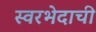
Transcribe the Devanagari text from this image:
स्वरभेदाची